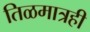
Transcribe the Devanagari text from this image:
तिळमात्रही